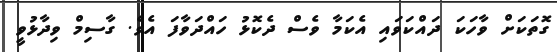
ގޮތަކަށް ވާހަކަ ދައްކަވައި އެކަމާ ވެސް ދެކޮޅު ހައްދަވާފަ އެވެ. ގާސިމް ވިދާޅުވީ